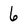
Character: 6